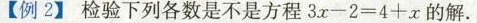
【例2】检验下列各数是不是方程 $$3 x - 2 = 4 + x$$ 的解.